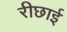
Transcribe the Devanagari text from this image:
रीछाई